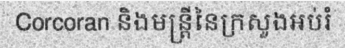
Corcoran និងមន្ត្រីនៃក្រសួងអប់រំ